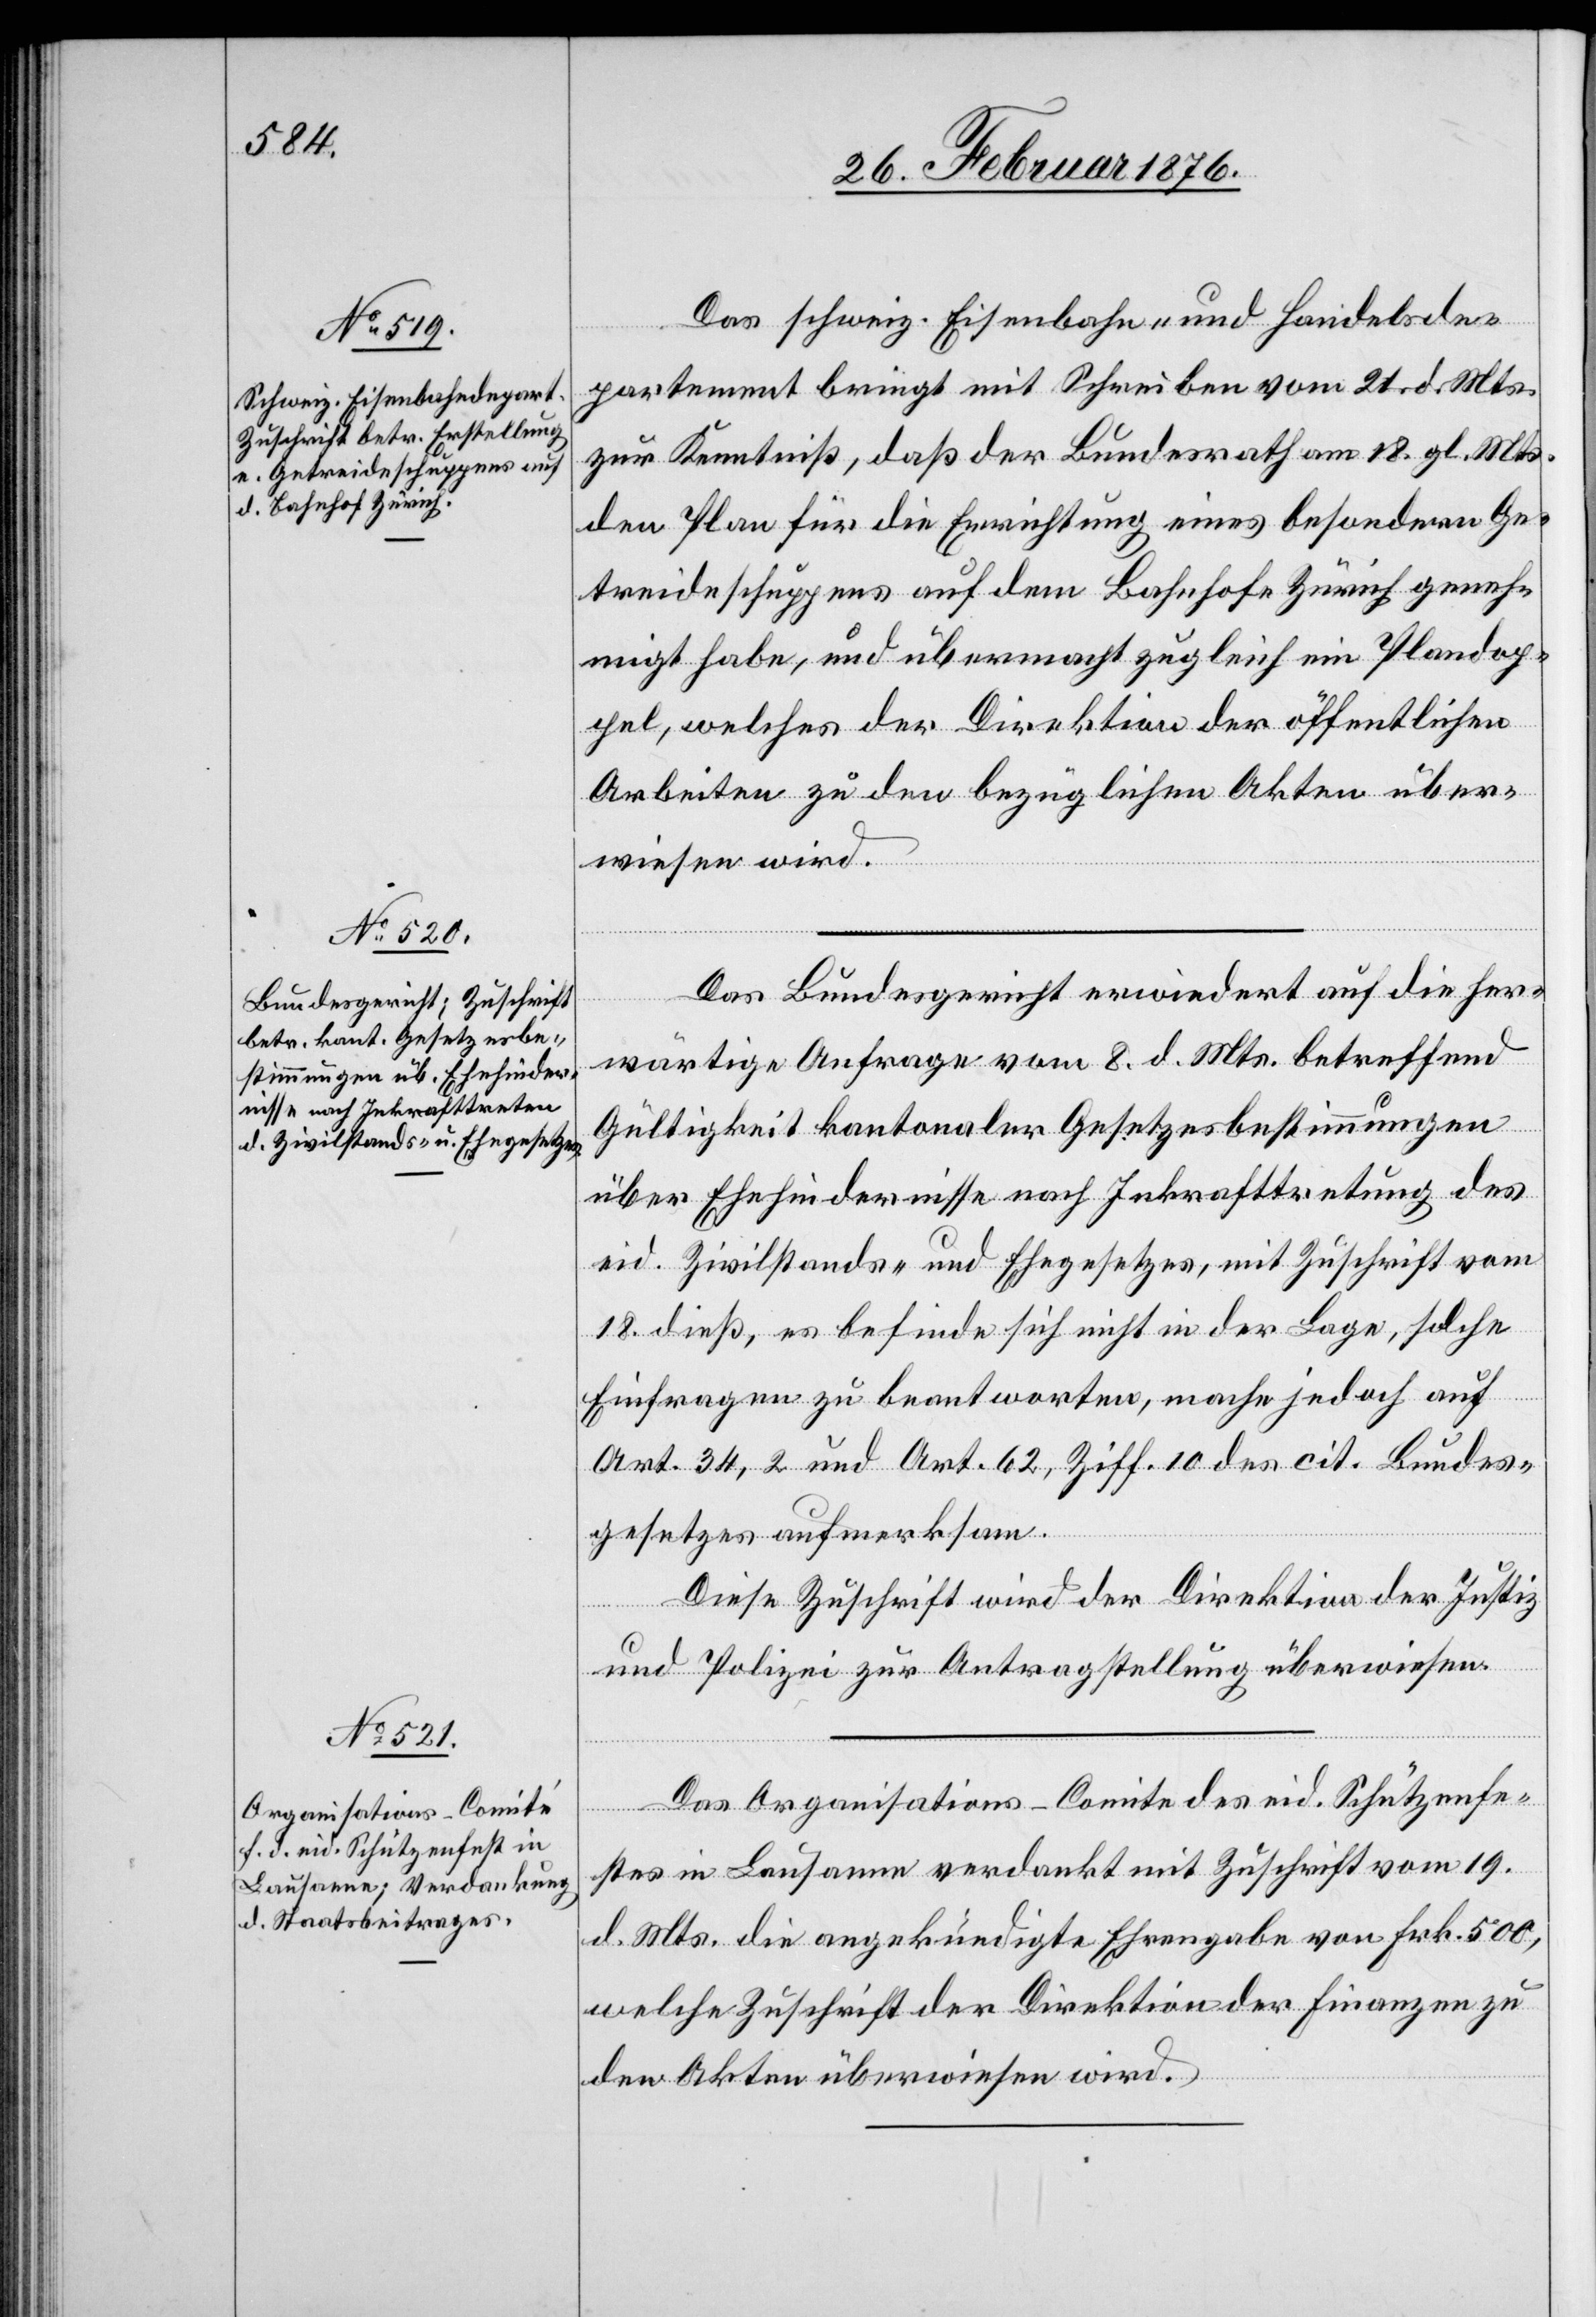
Das schweiz. Eisenbahn- und Handelsde¬
partement bringt mit Schreiben vom 21. d. Mts.
zur Kenntniß, daß der Bundesrath am 18. gl. Mts.
den Plan für die Errichtung eines besonderen Ge¬
treideschuppens auf dem Bahnhofe Zürich geneh¬
migt habe, und überhaupt zugleich ein Plandop¬
pel, welches der Direktion der öffentlichen
Arbeiten zu den bezüglichen Akten über¬
wiesen wird.
Das Bundesgericht erwiedert auf die her¬
wärtige Anfrage vom 8. d. Mts. betreffend
Gültigkeit kantonaler Gesetzesbestimmungen
über Ehehindernisse nach Inkrafttretung des
eid. Zivilstands- und Ehegesetzes, mit Zuschrift vom
18. dieß, es befinde sich nicht in der Lage, solche
Einfragen zu beantworten, mache jedoch auf
Art. 34,2 und Art. 62, Ziff. 10 des cit. Bundes¬
gesetzes aufmerksam.
Diese Zuschrift wird der Direktion der Justiz
und Polizei zur Antragstellung überwiesen.
Das Organsiations-Comité des eid. Schützenfe¬
stes in Lausanne verdankt mit Zuschrift vom 19.
d. Mts. die angekündigte Ehrengabe von Frk. 500,
welche Zuschrift der Direktion der Finanzen zu
den Akten überwiesen wird.